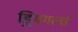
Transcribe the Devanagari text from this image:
ड्रिमगर्ल्स